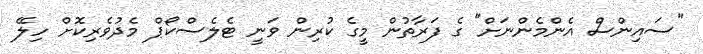
"ސައިންސް އެންމެންނަށް" ގެ ފަރާތުން މީގެ ކުރިން ވަނީ ޓެލެސްކޯޕް މެދުވެރިކޮށް ހިލޭ